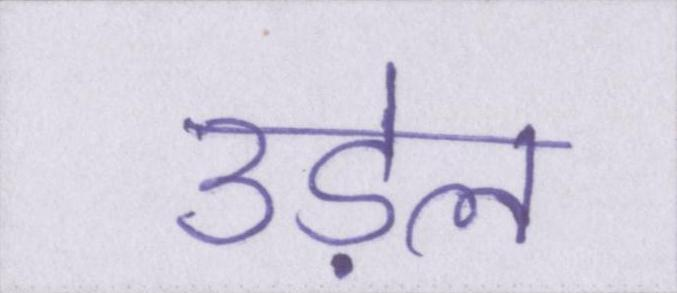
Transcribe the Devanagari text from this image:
उड़ेल